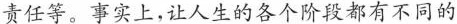
责任等。事实上，让人生的各个阶段都有不同的